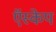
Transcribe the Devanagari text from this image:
ऍस्केप